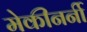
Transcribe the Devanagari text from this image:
मेकीनर्नी